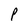
Character: P